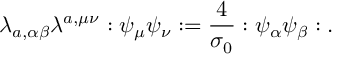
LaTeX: \lambda _ { a , \alpha \beta } \lambda ^ { a , \mu \nu } : \psi _ { \mu } \psi _ { \nu } : = \frac { 4 } { \sigma _ { 0 } } : \psi _ { \alpha } \psi _ { \beta } : .